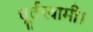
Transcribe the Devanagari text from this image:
धूर्तस्वामी।